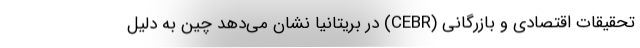
تحقیقات اقتصادی و بازرگانی (CEBR) در بریتانیا نشان می‌دهد چین به دلیل